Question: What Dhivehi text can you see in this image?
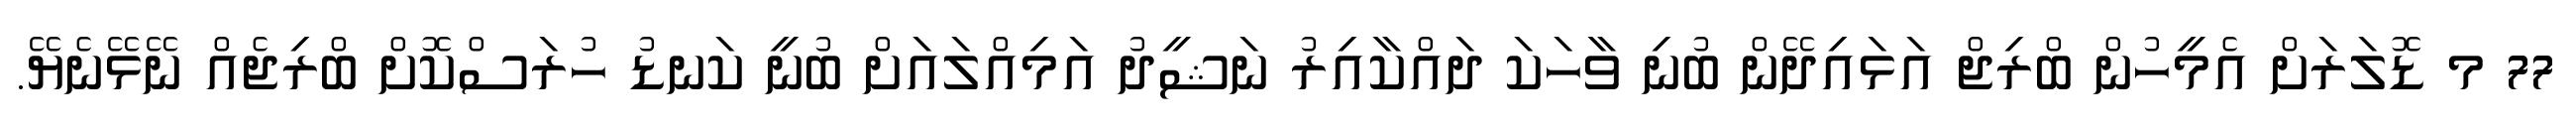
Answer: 77 މ ޑޮލަރަށް އެމީހުން ބްރިޖް އަޅައިދޭން ބުނި ވާހަކަ ދައްކާއިރު ނަޝީދު އަމިއްލައަށް ބުނީ ކަނޑު ހުރަސްކޮށް ބްރިޖެއް ނޭޅޭނެޔޭ.